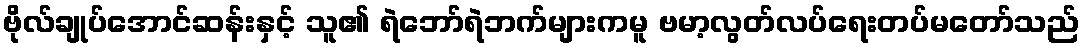
ဗိုလ်ချုပ်အောင်ဆန်းနှင့် သူ၏ ရဲဘော်ရဲဘက်များကမူ ဗမာ့လွတ်လပ်ရေးတပ်မတော်သည်